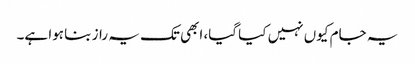
یہ جام کیوں نہیں کیا گیا، ابھی تک یہ راز بنا ہوا ہے۔